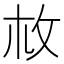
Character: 𢻾